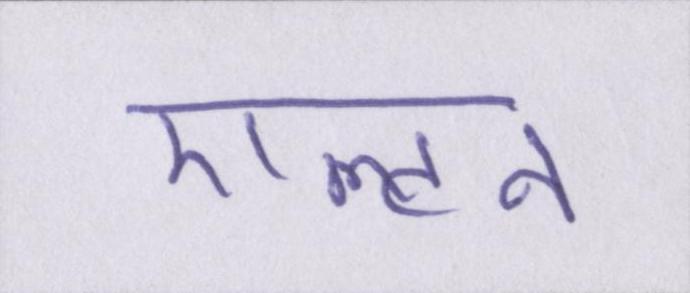
एल्टन